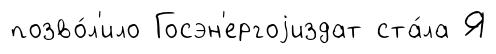
позво́л'ило Госэн'ергоjиздат ста́ла Я